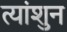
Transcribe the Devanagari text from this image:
त्यांशुन